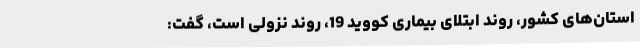
استان‌های کشور، روند ابتلای بیماری کووید 19، روند نزولی است، گفت: